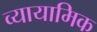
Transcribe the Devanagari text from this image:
व्यायामिक